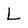
Character: L